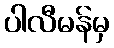
ပါလီမန်မှ